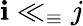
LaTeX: \mathbf{i}\ll_{\equiv}j